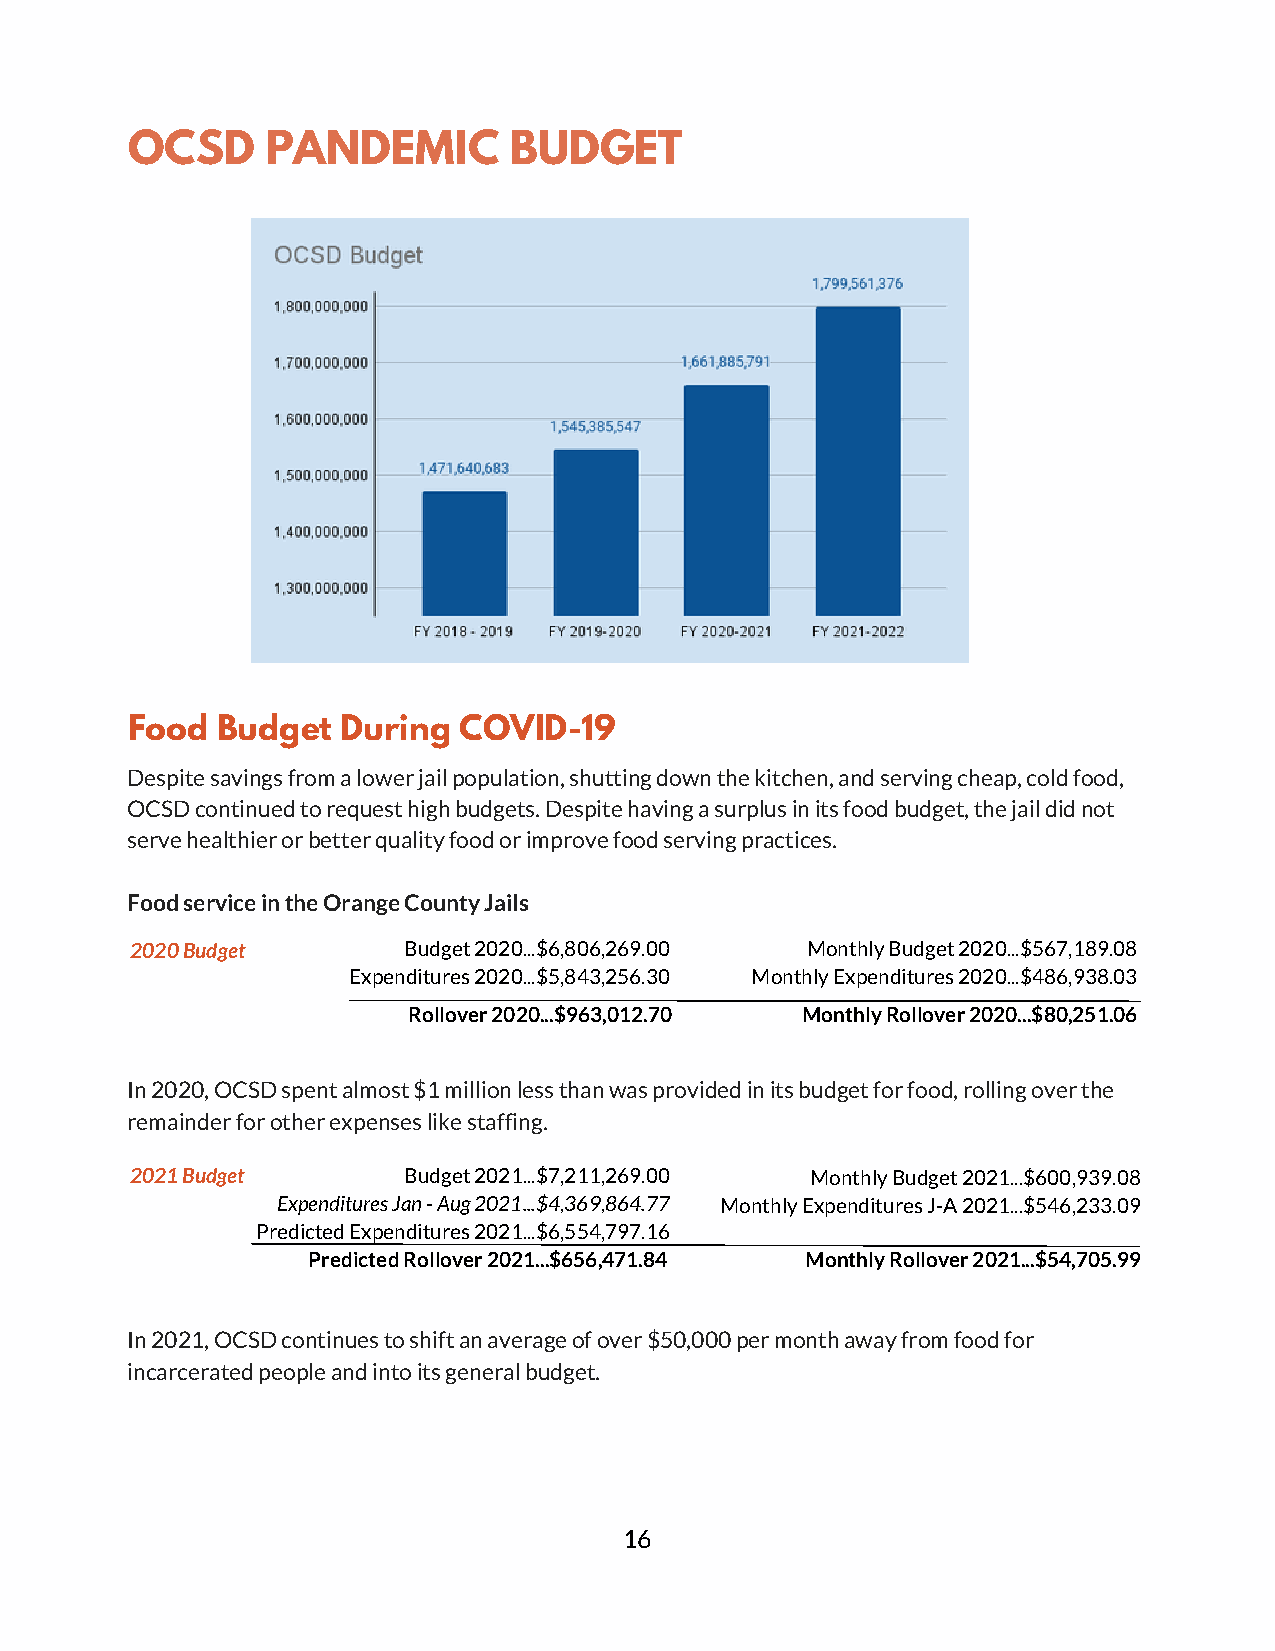
OCSD      PANDEMIC        BUDGET
 Food  Budget   During COVID-19
 Despite savings from a lower jail population, shutting down the kitchen, and serving cheap, cold food,
 OCSD continued to request high budgets. Despite having a surplus in its food budget, the jail did not
 serve healthier or better quality food or improve food serving practices.
 Food service in the Orange County Jails
 2020 Budget       Budget 2020...$6,806,269.00 Monthly Budget 2020...$567,189.08
 Expenditures 2020...$5,843,256.30 Monthly Expenditures 2020...$486,938.03
 Rollover 2020...$963,012.70 Monthly Rollover 2020...$80,251.06
 In 2020, OCSD spent almost $1 million less than was provided in its budget for food, rolling over the
 remainder for other expenses like staffing.
 2021 Budget       Budget 2021...$7,211,269.00 Monthly Budget 2021...$600,939.08
 Expenditures Jan - Aug 2021...$4,369,864.77 Monthly Expenditures J-A 2021...$546,233.09
 Predicted Expenditures 2021...$6,554,797.16
 Predicted Rollover 2021...$656,471.84 Monthly Rollover 2021...$54,705.99
 In 2021, OCSD continues to shift an average of over $50,000 per month away from food for
 incarcerated people and into its general budget.
 16